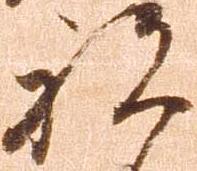
被